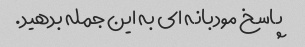
پاسخ مودبانه ای به این جمله بدهید.